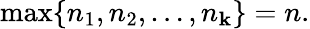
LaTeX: \operatorname*{max}\{ n_{1},n_{2},\ldots,n_{\mathbf{k}}\} =n.